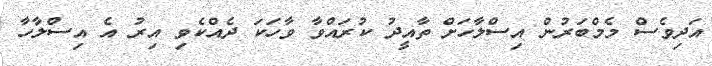
އަދިވެސް މެމްބަރުން އިސްލާހަށް ތާއީދު ކުރައްވާ ވާހަކަ ދެއްކެވި އިރު އެ އިސްލާހާ